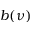
b ( \nu )